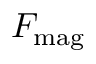
F _ { \mathrm { m a g } }